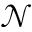
\mathcal { N }